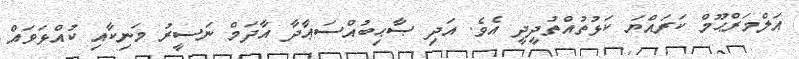
އަލްމަރްޙޫމް ކަރައްޔަ ކަޅުތުއްތުދީދީ އެވެ. އަދި ޞާޙިބުއްސަޢާދާ އާދަމް ނަސީރު މަނިކާއި ކުއްޅަވައް